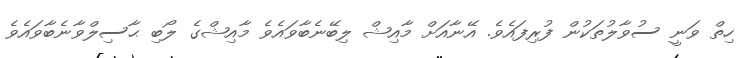
ހިތް ވަނީ ސުވާލުތަކުން ފުރިފައެވެ. އޭނާއަށް މާއިޝް ލިބޭނެބާވައެވެ މާއިޝްގެ ލޯބި ޙާސިލްވާނެބާވައެވެ